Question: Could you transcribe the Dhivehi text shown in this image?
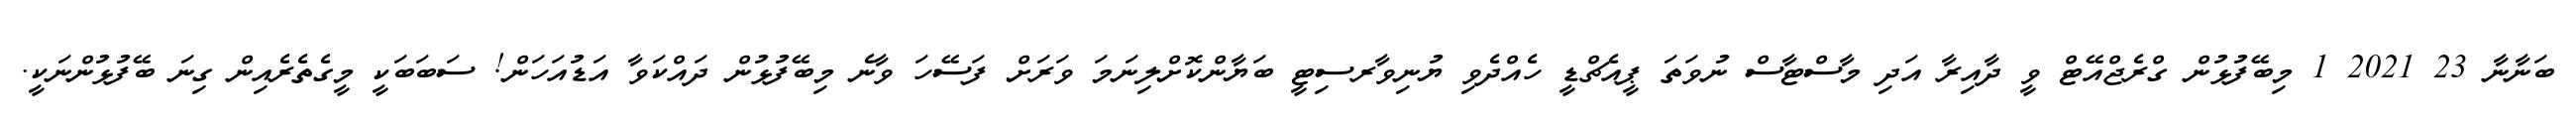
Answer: ބަނާނާ 23 2021 1 މިބޭފުޅުން ގްރެޖްއޭޓް ވީ ދާއިރާ އަދި މާސްޓާސް ނުވަތަ ޕީއެޗްޑީ ހެއްދެވި ޔުނިވާރސިޓީ ބަޔާންކޮށްލިނަމަ ވަރަށް ފަސޭހަ ވާނެ މިބޭފުޅުން ދައްކަވާ އަޑުއަހަން! ސަބަބަކީ މީގެތެރެއިން ގިނަ ބޭފުޅުންނަކީ.